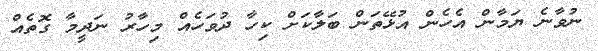
ނުވާނެ ޔަމާން އެހެން އުޅޭތަން ބަލާކަށް ކިހާ ދުވަހެއް މިހާރު ނަދީމާ ގޮތެއް